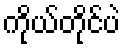
ကိုယ်တိုင်ပဲ